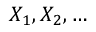
X _ { 1 } , X _ { 2 } , \dots